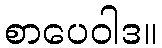
စာပေဝါဒ။